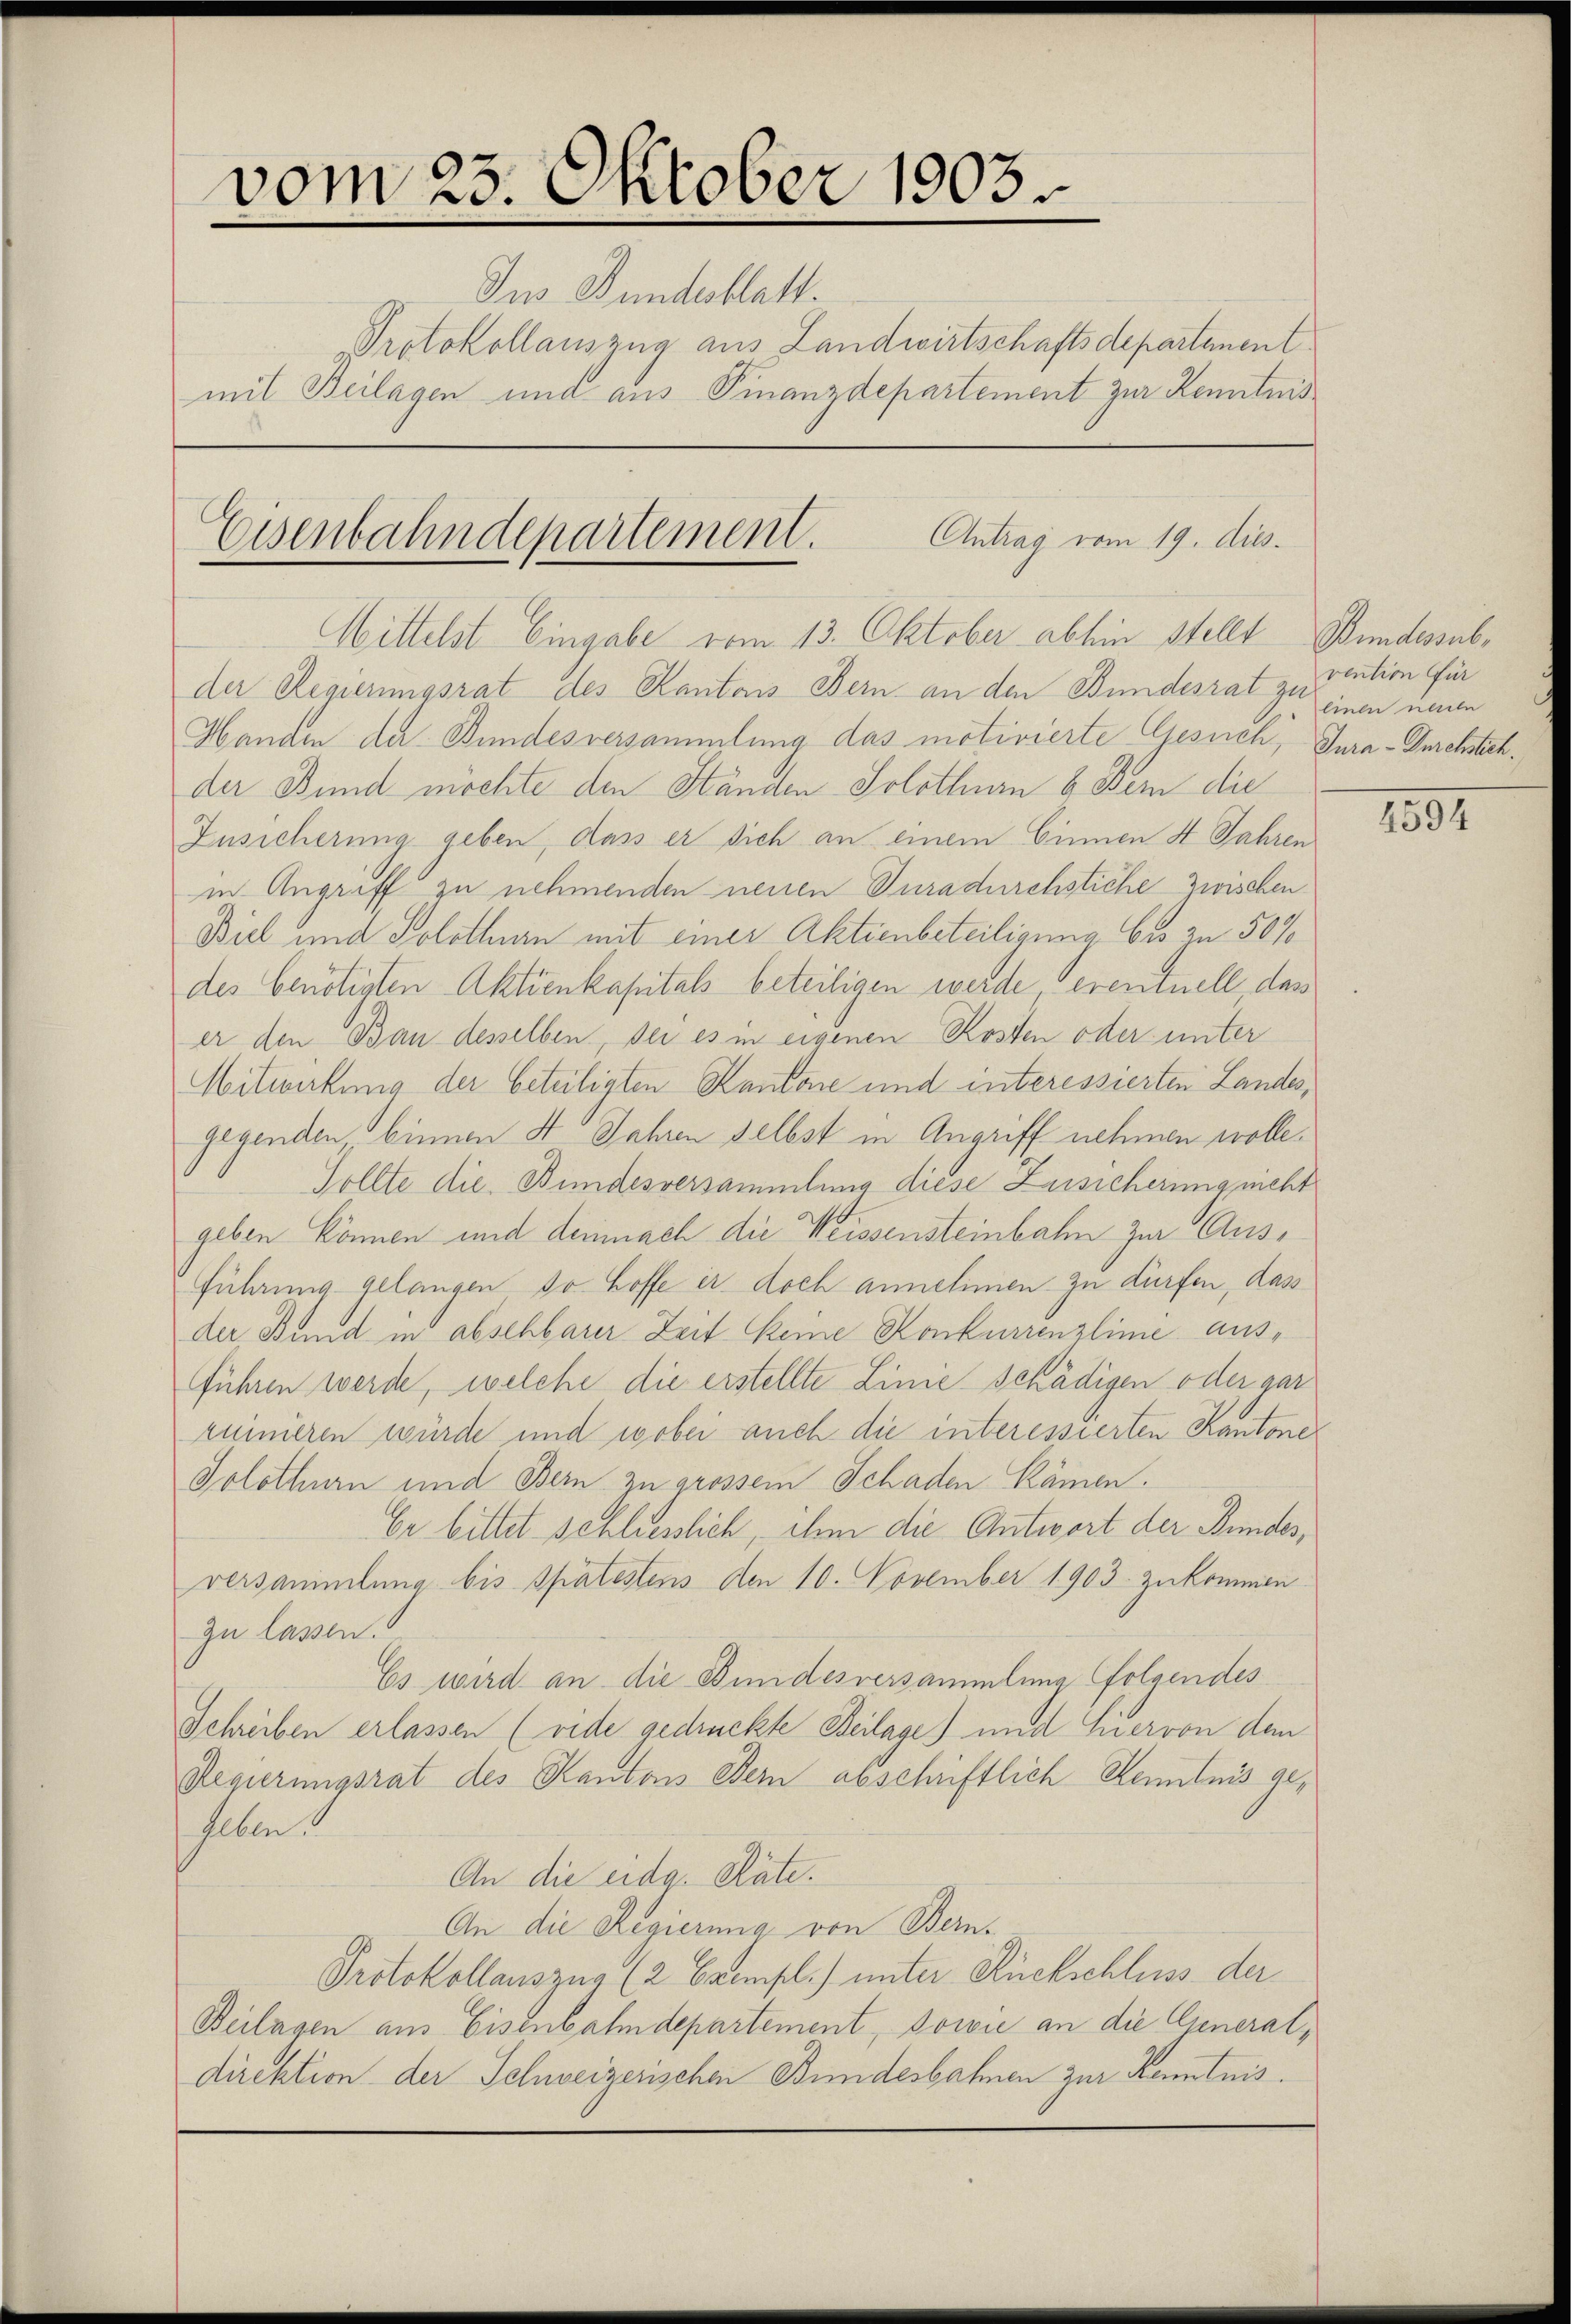
vom 23. Oktober 1903.
Ins Bundesblatt.
Protokollauszug aus Landwirtschaftsdepartement
mit Beilagen und aus Finanzdepartement zur Kenntnis
Antrag vom 19. dies.
Eisenbahndepartement.

der Regierungsrat des Kantons Bern an den Bundesrat zu vention für
Handen der Bundesversammlung das motivierte Gesuch, Gura-Durchsteh
der Bund möchte den Ständen Solothur & Bern die
Zusicherung geben, dass er sich an einem binnen 4 Jahren
in Angriff zu nehmenden neuen Juradirchstiche zwischen
Bul und Solothurn mit einer Aktienbeteiligung bis in 50%
des benötisten Aktienkapitals beteiligen werde, eventuell das
er den Bau desselben, sei es in eigenen Kosten oder unter
Mitwirkung der beteiligten Kantone und interessierten Landes,
gegenden binnen 4 Jahren selbst in Angriff nehmen wolle.
Sollte die Bundesversammlung diese Zusicherung nicht
geben können und demnach die Weissensteinbahn zur Ausführung gelangen so hoffe er doch annehmen zu dürfen, dass
der Bund in absehbarer Zeit keine Konkurrenzlinie ausführen werde, welche die erstellte Linie schädigen oder gar
ruinieren würde und wobei auch die interessierten Kantone
Solothurn und Bern zu grossem Schaden kämen.
Er bittet schliesslich ihm die Antwort der Bundes,
versammlung bis spätestens den 10. November 1903. zukommen
zu lassen.
Es wird an die Bindesversammlung folgendes
Schreiben erlassen (vide gedruckte Beilage) und hervon dem
Regierungsrat des Kantons Dein abschriftlich Kenntnis geheben.
An die eidg. Räte.
An die Regierung von Bern.
Protokollauszug (2 Exempl.) unter Rückschluss der
Beilagen aus Eisenbahndepartement, sowie an die Generaldirektion der Schweizerischen Bundesbahnen zur Kenntnis.

Mittelst Eingabe vom 13. Oktober absein stellt Bundessub¬

linen neue

1502